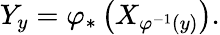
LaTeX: Y_{y}=\varphi_{*}\left(X_{\varphi^{-1}(y)}\right).